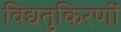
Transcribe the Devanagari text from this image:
विद्यतुकिरणों